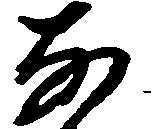
な